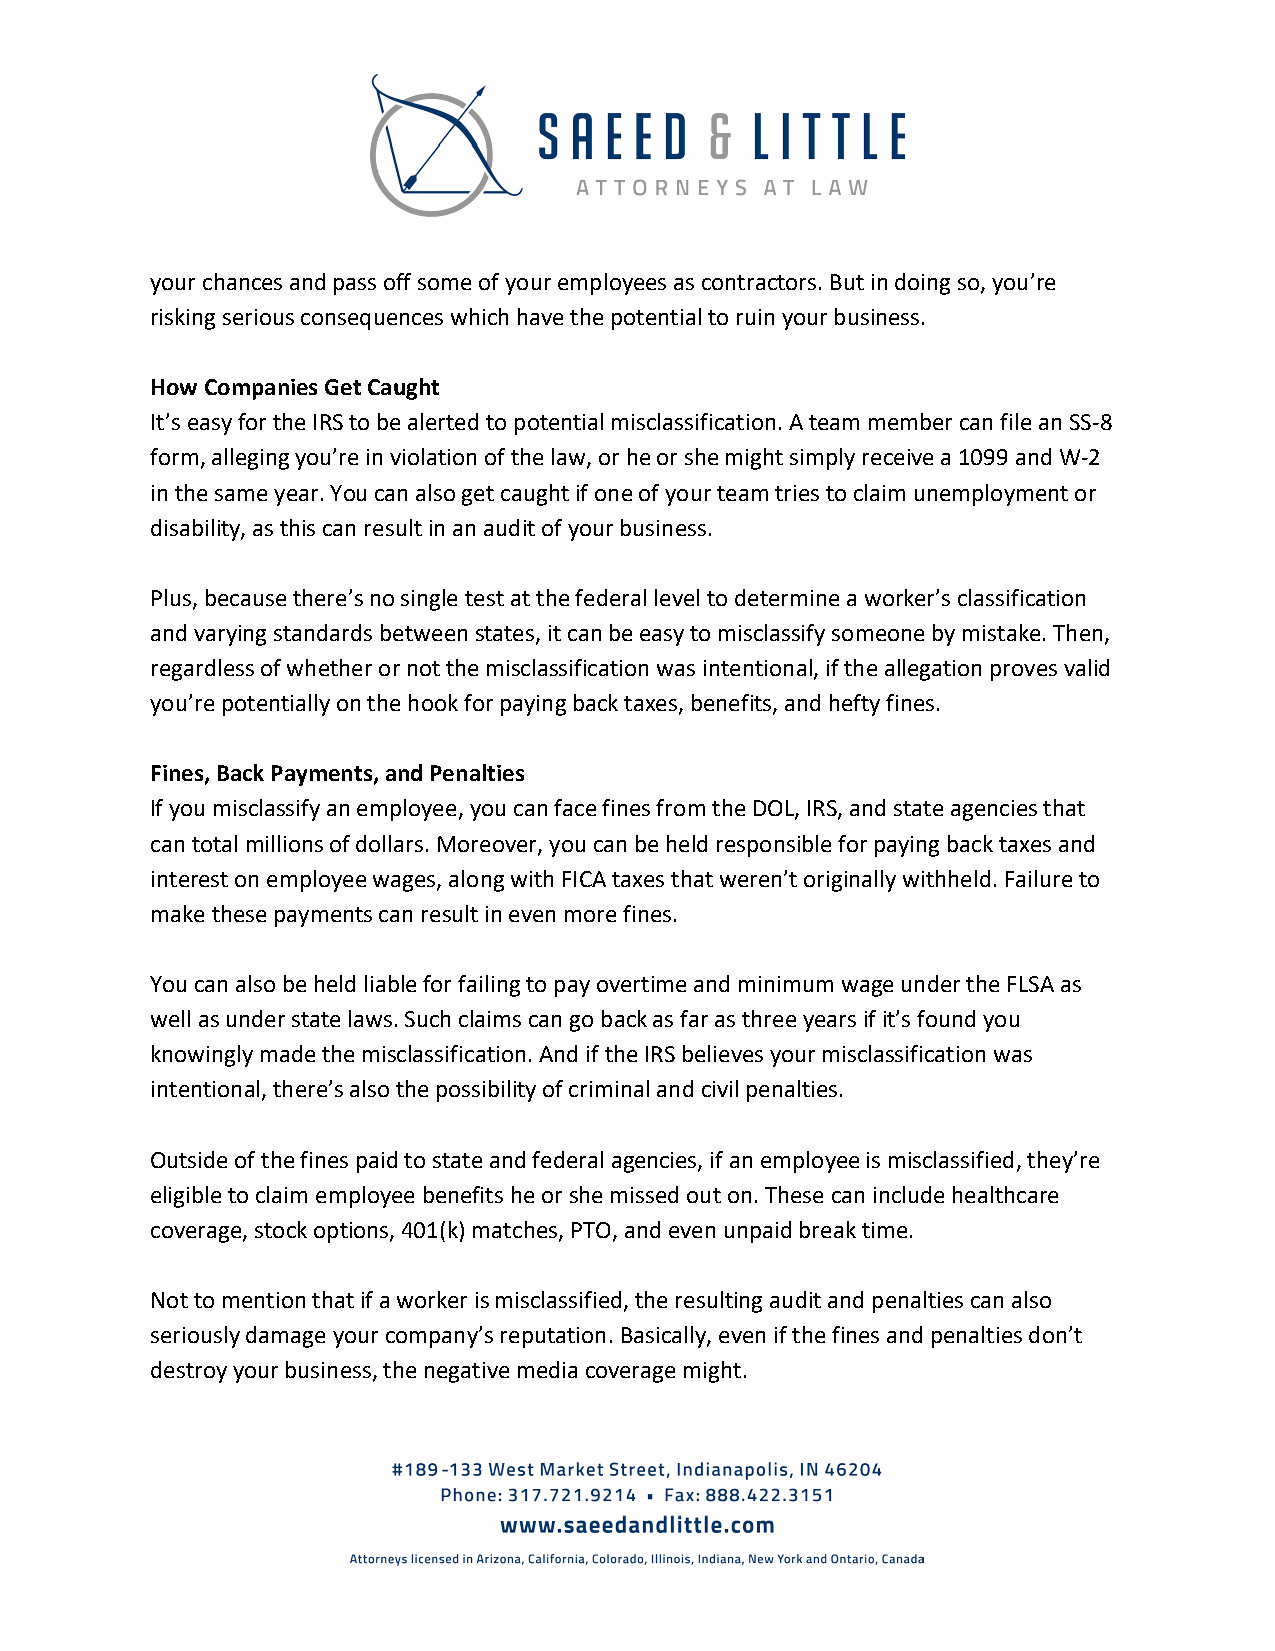
your chances and pass off some of your employees as contractors. But in doing so, you’re
 risking serious consequences which have the potential to ruin your business.
 How Companies Get Caught
 It’s easy for the IRS to be alerted to potential misclassification. A team member can file an SS-8
 form, alleging you’re in violation of the law, or he or she might simply receive a 1099 and W-2
 in the same year. You can also get caught if one of your team tries to claim unemployment or
 disability, as this can result in an audit of your business.
 Plus, because there’s no single test at the federal level to determine a worker’s classification
 and varying standards between states, it can be easy to misclassify someone by mistake. Then,
 regardless of whether or not the misclassification was intentional, if the allegation proves valid
 you’re potentially on the hook for paying back taxes, benefits, and hefty fines.
 Fines, Back Payments, and Penalties
 If you misclassify an employee, you can face fines from the DOL, IRS, and state agencies that
 can total millions of dollars. Moreover, you can be held responsible for paying back taxes and
 interest on employee wages, along with FICA taxes that weren’t originally withheld. Failure to
 make these payments can result in even more fines.
 You can also be held liable for failing to pay overtime and minimum wage under the FLSA as
 well as under state laws. Such claims can go back as far as three years if it’s found you
 knowingly made the misclassification. And if the IRS believes your misclassification was
 intentional, there’s also the possibility of criminal and civil penalties.
 Outside of the fines paid to state and federal agencies, if an employee is misclassified, they’re
 eligible to claim employee benefits he or she missed out on. These can include healthcare
 coverage, stock options, 401(k) matches, PTO, and even unpaid break time.
 Not to mention that if a worker is misclassified, the resulting audit and penalties can also
 seriously damage your company’s reputation. Basically, even if the fines and penalties don’t
 destroy your business, the negative media coverage might.